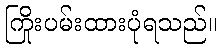
ကြိုးပမ်းထားပုံရသည်။